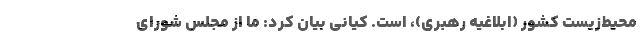
محیط‌زیست کشور (ابلاغیه رهبری)، است. کیانی بیان کرد: ما از مجلس شورای